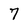
Character: 7